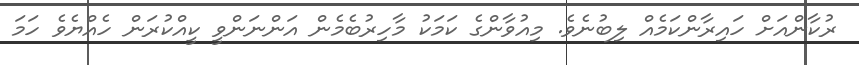
ރުކާންއަށް ހައިރާންކަމެއް ލިބުނެވެ. މިއުވާންގެ ކަމަކު މާހިރުބެމެން އަންނަންވީ ކީއްކުރަން ހެއްޔެވެ ހަމަ